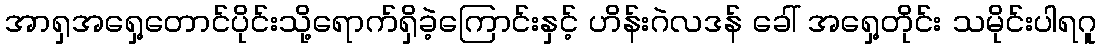
အာရှအရှေ့တောင်ပိုင်းသို့ရောက်ရှိခဲ့ကြောင်းနှင့် ဟိန်းဂဲလဒန် ခေါ် အရှေ့တိုင်း သမိုင်းပါရဂူ